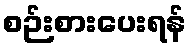
စဉ်းစားပေးရန်